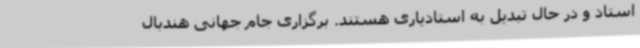
استاد و در حال تبدیل به استادیاری هستند. برگزاری جام جهانی هندبال